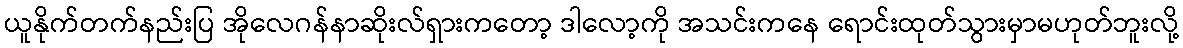
ယူနိုက်တက်နည်းပြ အိုလေဂန်နာဆိုးလ်ရှားကတော့ ဒါလော့ကို အသင်းကနေ ရောင်းထုတ်သွားမှာမဟုတ်ဘူးလို့